Lunatic asylums United Provinces 1909-1921 - 1909-1921
Year: 1909
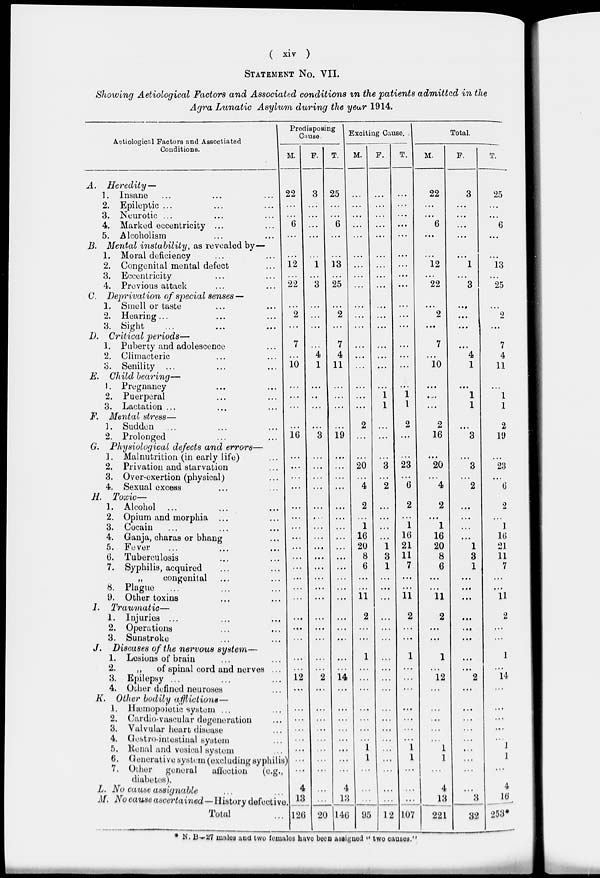
( xiv )
STATEMENT No. VII.
Showing Aetiological Factors and Associated conditions in the patients admitted in the
Agra Lunatic Asylum during the year 1914.
Astiological Factors and Associated
Conditions.
A.
Heredity—
1. Insane ... ... ...
2. Epileptic ... ... ...
3. Neurotic ... ... ...
4. Marked eccentricity ... ...
5. Alcoholism ... ...
B. Mental instability, as revealed by—
1. Moral deficiency ... ...
2. Congenital mental defect ...
3. Eccentricity ... ...
4. Previous attack ... ...
C. Deprivation of special senses —
1. Smell or taste ... ...
2. Hearing ... ... ...
3. Sight ... ... ...
D. Critical periods—
1. Puberty and adolescence ...
2. Climacteric ... ...
3. Senility ... ... ...
E. Child bearing—
1. Pregnancy ... ...
2. Puerperal ... ...
3. Lactation ... ... ...
F. Mental stress—
1. Sudden ... ... ...
2. Prolonged ... ...
G. Physiological defects and errors—
1. Malnutrition (in early life) ...
2. Privation and starvation ...
3. Over-exertion (physical) ...
4. Sexual excess ... ...
H. Toxic—
1. Alcohol ... ... ...
2. Opium and morphia ... ...
3. Cocain ... ... ...
4. Ganja , charas or bhang ...
5. Fever ... ... ...
6. Tuberculosis ... ...
7. Syphilis, acquired ... ...
„
congenital ... ...
8. Plague
... ... ...
9. Other toxins ... ...
I.
Traumatic—
1. Injuries ... ... ...
2. Operations ... ...
3. Sunstroke ... ...
J. Diseases of the nervous system—
1. Lesions of brain ... ...
2.
„
of spinal cord and nerves ...
3. Epilepsy ... ... ...
4. Other defined neuroses ...
K. Other bodily afflictions—
1. Hæmopoietic system ... ...
2. Cardio-vascular degeneration ...
3. Valvular heart disease ...
4. Gestro-intestinal system ...
5. Renal and vesical system ...
6. Generative system (excluding syphilis)
7. Other general
affection
(e.g.
diabetes).
L. No cause assignable ... ...
M. No cause ascertained—History defective.
Total ...
Predisposing
Cause.
M.
22
...
...
6
...
...
12
...
22
...
2
...
7
...
10
...
...
...
...
16
...
...
...
...
...
...
...
...
...
...
...
...
...
...
...
...
...
...
...
12
...
...
...
...
...
...
...
...
4
13
126
F.
3
...
...
...
...
...
1
...
3
...
...
...
...
4
1
...
...
...
...
3
...
...
...
...
...
...
...
...
...
...
...
...
...
...
...
...
...
...
...
2
...
...
...
...
...
...
...
...
20
T.
25
...
...
6
...
...
13
...
25
...
2
...
7
4
11
...
...
...
...
19
...
...
...
...
...
...
...
...
...
...
...
...
...
...
...
...
...
...
...
14
...
...
...
...
...
...
...
...
4
13
146
Exciting Cause.
M.
...
...
...
...
...
...
...
...
...
...
...
...
...
...
...
...
...
...
2
...
...
20
...
4
2
...
1
16
20
8
6
...
...
11
2
...
...
1
...
...
...
...
...
...
...
1
1
...
...
...
95
F.
...
...
...
...
...
...
...
...
...
...
...
...
...
...
...
...
1
1
...
...
...
3
...
2
...
...
...
...
1
3
1
...
...
...
...
...
...
...
...
...
...
...
...
...
...
...
...
...
...
...
12
T.
...
...
...
...
...
...
...
...
...
...
...
...
...
...
...
...
1
1
2
...
...
23
...
6
2
...
1
16
21
11
7
...
...
11
2
...
...
1
...
...
...
...
...
...
...
1
1
...
...
...
107
Total.
M.
22
...
...
6
...
...
12
...
22
...
2
...
7
...
10
...
....
...
2
16
...
20
...
4
2
...
1
16
20
8
6
...
...
11
2
...
...
1
...
12
...
...
...
...
...
1
1
...
4
13
221
F.
3
...
...
...
...
...
1
...
3
...
...
...
...
4
1
...
1
1
...
3
...
3
...
2
...
...
...
...
1
3
1
...
...
...
...
...
...
...
...
2
...
...
...
...
...
...
...
...
...
3
32
T.
25
...
...
6
...
...
13
...
25
...
9
...
7
4
11
...
1
1
2
19
...
23
...
6
2
...
1
16
21
11
7
...
...
11
2
...
...
1
...
14
...
...
...
...
...
1
1
...
4
16
253
*N. B- 27 males and two females have been assigned '' two causes.''